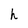
Character: h